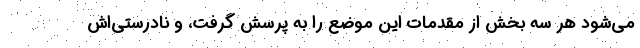
می‌شود هر سه بخش از مقدمات این موضع را به پرسش گرفت، و نادرستی‌اش